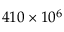
4 1 0 \times 1 0 ^ { 6 }